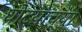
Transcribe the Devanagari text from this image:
घोटय़ांच्या